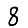
Digit: 8